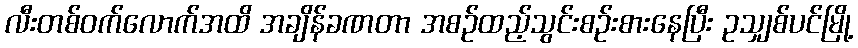
လီးတစ်ဝက်လောက်အထိ အချိန်ခဏတာ အစဉ်ထည့်သွင်းစဉ်းစားနေပြီး ဥသျှစ်ပင်မြို့